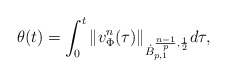
\begin{align*}\theta(t)=\int_0^t \|{v}^n_{\Phi}(\tau)\|_{\dot{B}^{\frac{n-1}{p},\frac{1}{2}}_{p,1}}d\tau,\end{align*}